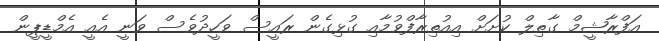
އަފްރާޝީމް ގާތިލް ކުށަށް އިއުތިރާފްވުމާއި ގުޅިގެން ރައީސް ވަހީދުވެސް ވަނީ އެއީ އެމްޑީޕީން